Leaving Certificate Examination (including Day School Certificate (Higher) General paper), 1938
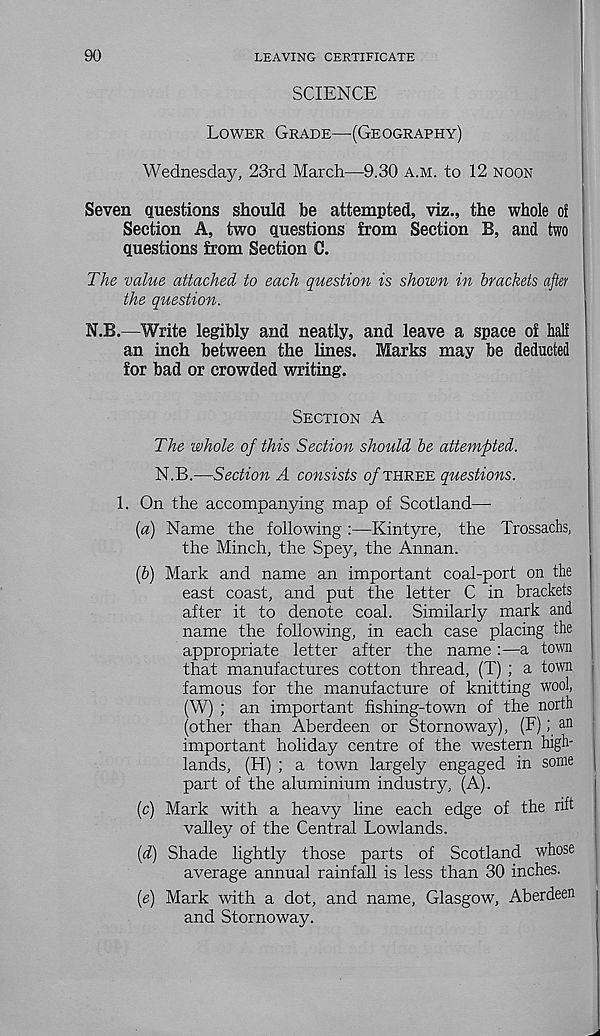
90
LEAVING CERTIFICATE
SCIENCE
Lower Grade—(Geography)
Wednesday, 23rd March—9.30 a.m. to 12 noon
Seven questions should be attempted, viz., the whole of
Section A, two questions from Section B, and two
questions from Section C.
The value attached to each question is shown in brackets after
the question.
N.B.—Write legibly and neatly, and leave a space of half
an inch between the lines. Marks may be deducted
for bad or crowded writing.
Section A
The whole of this Section should be attempted.
N.B.—Section A consists o/three questions.
1. On the accompanying map of Scotland—
{a) Name the following :—Kintyre, the Trossachs,
the Minch, the Spey, the Annan.
(6) Mark and name an important coal-port on the
east coast, and put the letter C in brackets
after it to denote coal. Similarly mark and
name the following, in each case placing the
appropriate letter after the name :—a town
that manufactures cotton thread, (T) ; a town
famous for the manufacture of knitting wool,
(W) ; an important fishing-town of the north
(other than Aberdeen or Stornoway), (F); an
important holiday centre of the western high-
lands, (H) ; a town largely engaged in some
part of the aluminium industry, (A).
(c) Mark with a heavy line each edge of the rift
valley of the Central Lowlands.
(d) Shade lightly those parts of Scotland whose
average annual rainfall is less than 30 inches.
(e) Mark with a dot, and name, Glasgow, Aberdeen
and Stornoway.